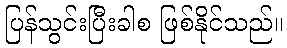
ပြန်သွင်းပြီးခါစ ဖြစ်နိုင်သည်။